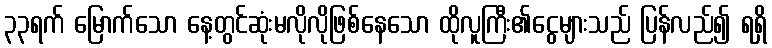
၃၃ရက် မြောက်သော နေ့တွင်ဆုံးမလိုလိုဖြစ်နေသော ထိုလူကြီး၏ငွေများသည် ပြန်လည်၍ ရရှိ